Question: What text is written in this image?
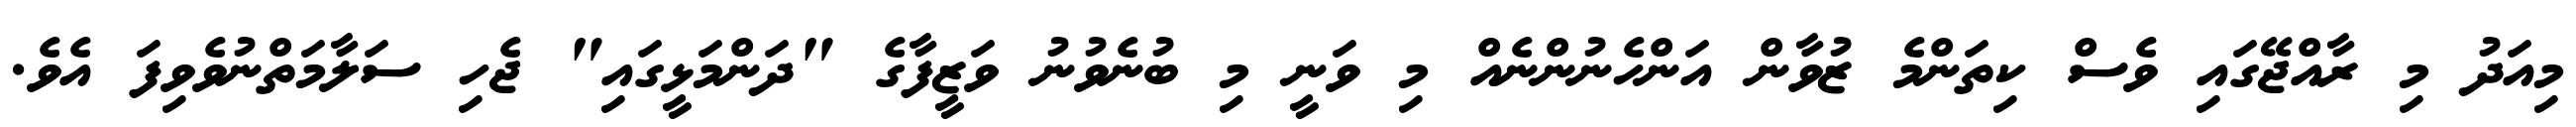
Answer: މިއަދު މި ރާއްޖޭގައި ވެސް ކިތަންމެ ޒުވާން އަންހެނުންނެއް މި ވަނީ މި ބުނެވުނު ވަޒީފާގެ "ދަންމަޅީގައި" ޖެހި ސަލާމަތްނުވެވިފަ އެވެ.